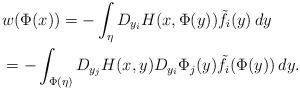
LaTeX: \begin{align*}&w(\Phi(x))=-\int_{\eta}D_{y_i}H(x,\Phi(y))\tilde{f}_i(y)\,dy\\&=-\int_{\Phi(\eta)}D_{y_j}H(x,y)D_{y_i}\Phi_j(y)\tilde{f}_i(\Phi(y))\,dy.\end{align*}